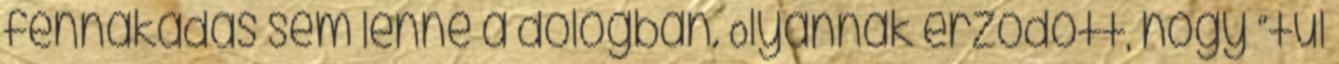
fennakadás sem lenne a dologban. Olyannak érződött, hogy “túl